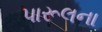
પારૂલના